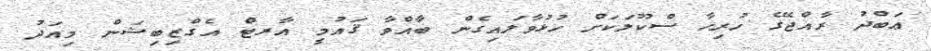
ޢަބްދު ރާއްޖޭގެ ހުރިހާ ސްކޫލަކަށް ހުޅުވާލައިގެން ބާއްވާ ޤައުމީ އާރޓް އެގްޒިބިޝަން މިއަދު